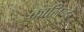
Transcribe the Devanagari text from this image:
कालिन्द्रे